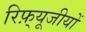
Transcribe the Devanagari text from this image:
रिफ़्यूजीयों